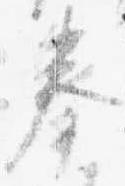
奉